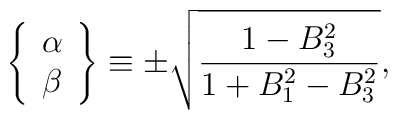
\left\{      \begin{array}{c} \alpha \\ \beta \end{array} \right\} \equiv      \pm \sqrt \frac{1 - B_3^2}{1 + B_1^2 - B_3^2},